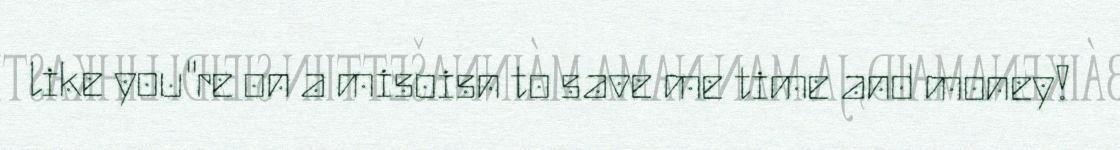
like you"re on a misoisn to save me time and money!